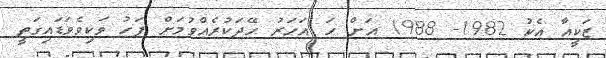
ޒަކީއާ އެކު 1982- 1988 އަށް ހަ އަހަރު ހޭދަކުރެއްވުމަށް ފަހު ވަކިވެވަޑައިގަތީ